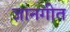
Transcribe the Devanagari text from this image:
ज्ञानगीत